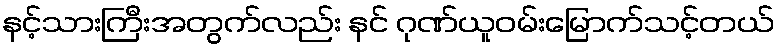
နင့်သားကြီးအတွက်လည်း နင် ဂုဏ်ယူဝမ်းမြောက်သင့်တယ်